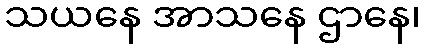
သယနေ အာသနေ ဌာနေ၊